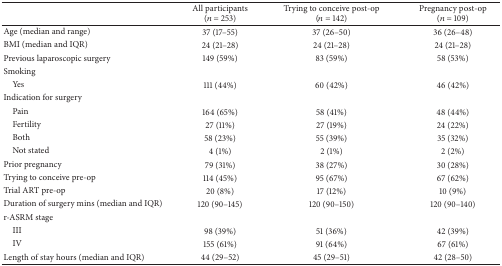
<table><thead><tr><td><b> </b></td><td><b>All participants(<i>n</i> = 253)</b></td><td><b>Trying to conceive post-op(<i>n</i> = 142)</b></td><td><b>Pregnancy post-op(<i>n</i> = 109)</b></td></tr></thead><tbody><tr><td>Age (median and range)</td><td>37 (17–55)</td><td>37 (26–50)</td><td>36 (26–48)</td></tr><tr><td>BMI (median and IQR)</td><td>24 (21–28)</td><td>24 (21–28)</td><td>24 (21–28)</td></tr><tr><td>Previous laparoscopic surgery</td><td>149 (59%)</td><td>83 (59%)</td><td>58 (53%)</td></tr><tr><td>Smoking</td><td> </td><td> </td><td> </td></tr><tr><td> Yes</td><td>111 (44%)</td><td>60 (42%)</td><td>46 (42%)</td></tr><tr><td>Indication for surgery</td><td> </td><td> </td><td> </td></tr><tr><td> Pain</td><td>164 (65%)</td><td>58 (41%)</td><td>48 (44%)</td></tr><tr><td> Fertility</td><td>27 (11%)</td><td>27 (19%)</td><td>24 (22%)</td></tr><tr><td> Both</td><td>58 (23%)</td><td>55 (39%)</td><td>35 (32%)</td></tr><tr><td> Not stated</td><td>4 (1%)</td><td>2 (1%)</td><td>2 (2%)</td></tr><tr><td>Prior pregnancy</td><td>79 (31%)</td><td>38 (27%)</td><td>30 (28%)</td></tr><tr><td>Trying to conceive pre-op</td><td>114 (45%)</td><td>95 (67%)</td><td>67 (62%)</td></tr><tr><td>Trial ART pre-op</td><td>20 (8%)</td><td>17 (12%)</td><td>10 (9%)</td></tr><tr><td>Duration of surgery mins (median and IQR)</td><td>120 (90–145)</td><td>120 (90–150)</td><td>120 (90–140)</td></tr><tr><td>r-ASRM stage</td><td> </td><td> </td><td> </td></tr><tr><td> III</td><td>98 (39%)</td><td>51 (36%)</td><td>42 (39%)</td></tr><tr><td> IV</td><td>155 (61%)</td><td>91 (64%)</td><td>67 (61%)</td></tr><tr><td>Length of stay hours (median and IQR)</td><td>44 (29–52)</td><td>45 (29–51)</td><td>42 (28–50)</td></tr></tbody></table>